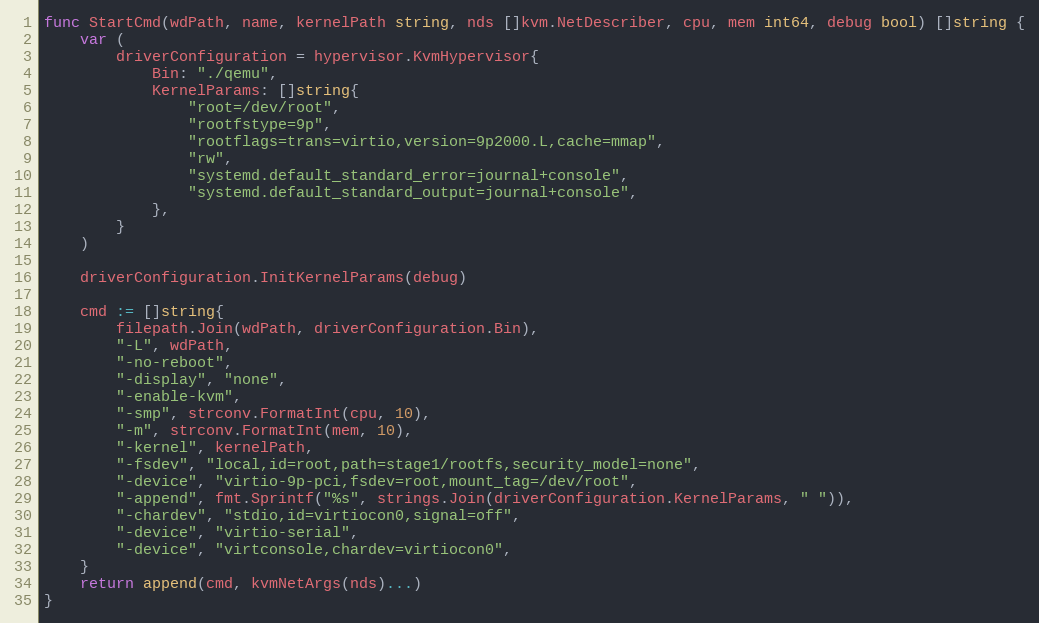
Language: Go
func StartCmd(wdPath, name, kernelPath string, nds []kvm.NetDescriber, cpu, mem int64, debug bool) []string {
	var (
		driverConfiguration = hypervisor.KvmHypervisor{
			Bin: "./qemu",
			KernelParams: []string{
				"root=/dev/root",
				"rootfstype=9p",
				"rootflags=trans=virtio,version=9p2000.L,cache=mmap",
				"rw",
				"systemd.default_standard_error=journal+console",
				"systemd.default_standard_output=journal+console",
			},
		}
	)

	driverConfiguration.InitKernelParams(debug)

	cmd := []string{
		filepath.Join(wdPath, driverConfiguration.Bin),
		"-L", wdPath,
		"-no-reboot",
		"-display", "none",
		"-enable-kvm",
		"-smp", strconv.FormatInt(cpu, 10),
		"-m", strconv.FormatInt(mem, 10),
		"-kernel", kernelPath,
		"-fsdev", "local,id=root,path=stage1/rootfs,security_model=none",
		"-device", "virtio-9p-pci,fsdev=root,mount_tag=/dev/root",
		"-append", fmt.Sprintf("%s", strings.Join(driverConfiguration.KernelParams, " ")),
		"-chardev", "stdio,id=virtiocon0,signal=off",
		"-device", "virtio-serial",
		"-device", "virtconsole,chardev=virtiocon0",
	}
	return append(cmd, kvmNetArgs(nds)...)
}